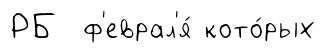
РБ ф'еврал'я́ кото́рых